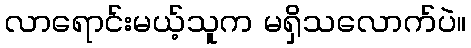
လာရောင်းမယ့်သူက မရှိသလောက်ပဲ။